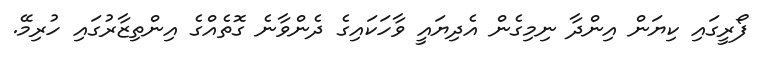
ފޯރީގައި ކިޔަން އިންދާ ނިމިގެން އެދިޔައީ ވާހަކައިގެ ދެންވާނެ ގޮތެއްގެ އިންތިޒާރުގައި ހުރިމޭ.